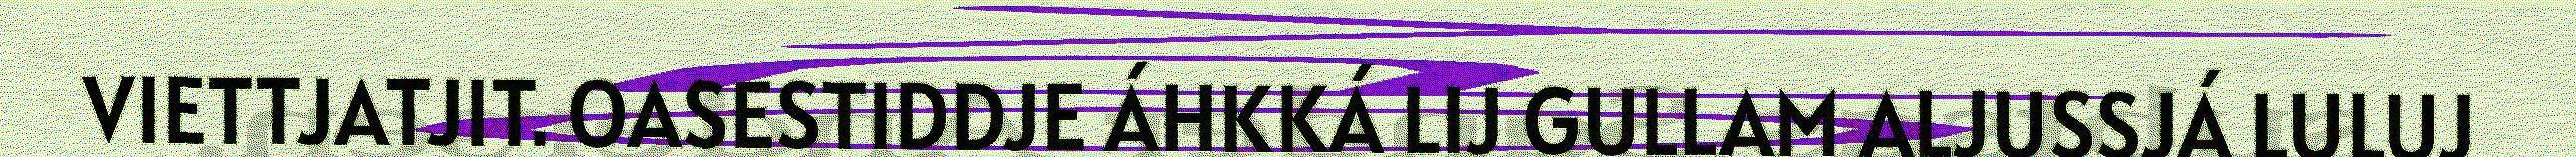
VIETTJATJIT. OASESTIDDJE ÁHKKÁ LIJ GULLAM ALJUSSJÁ LULUJ